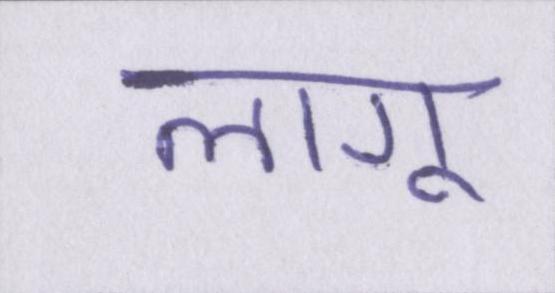
लागू